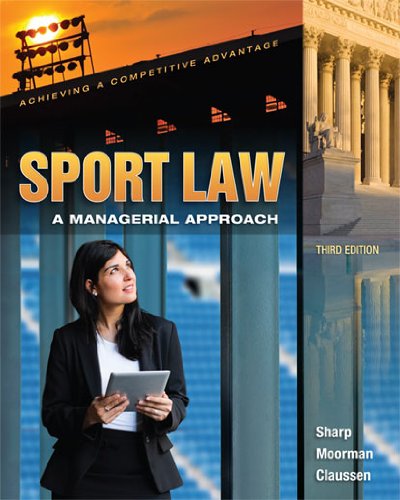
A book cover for Sport Law: A Managerial Approach; Linda A. Sharp; Law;